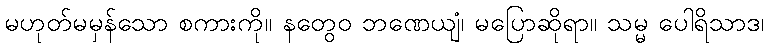
မဟုတ်မမှန်သော စကားကို။ နတွေဝ ဘဏေယျံ၊ မပြောဆိုရာ။ သမ္မ ပေါရိသာဒ၊